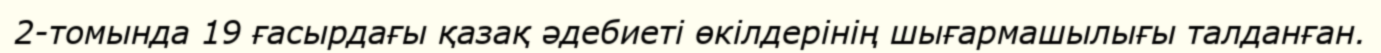
2-томында 19 ғасырдағы қазақ әдебиеті өкілдерінің шығармашылығы талданған.